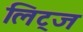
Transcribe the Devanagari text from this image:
लिट्ज